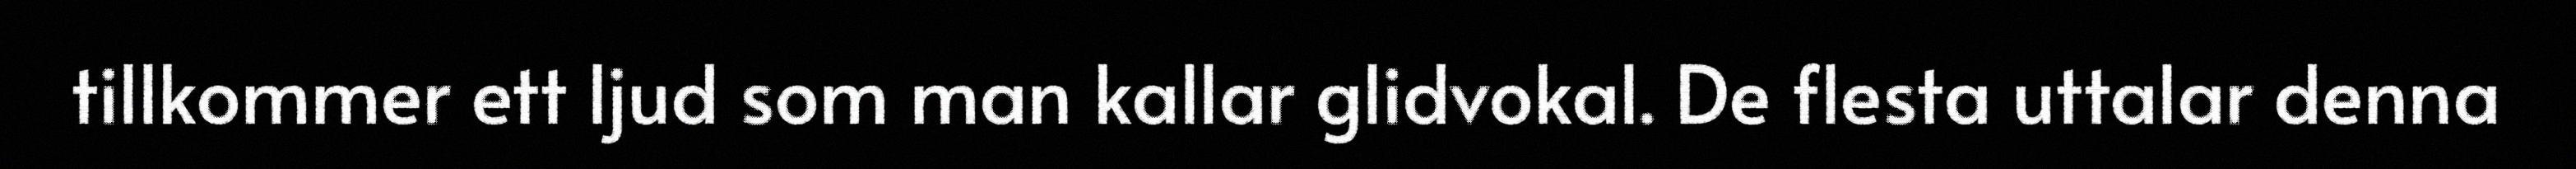
tillkommer ett ljud som man kallar glidvokal. De flesta uttalar denna